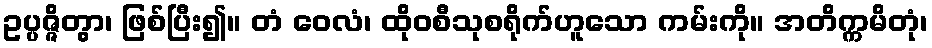
ဥပ္ပဇ္ဇိတွာ၊ ဖြစ်ပြီး၍။ တံ ဝေလံ၊ ထိုဝစီသုစရိုက်ဟူသော ကမ်းကို။ အတိက္ကမိတုံ၊